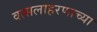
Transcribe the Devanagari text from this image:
वत्सलाहरणाच्या